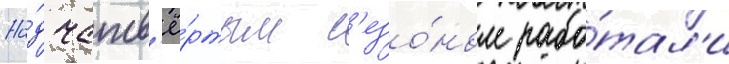
На́д четв'ё́ртым с'езо́ном рабо́тал'и